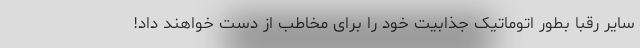
سایر رقبا بطور اتوماتیک جذابیت خود را برای مخاطب از دست خواهند داد!